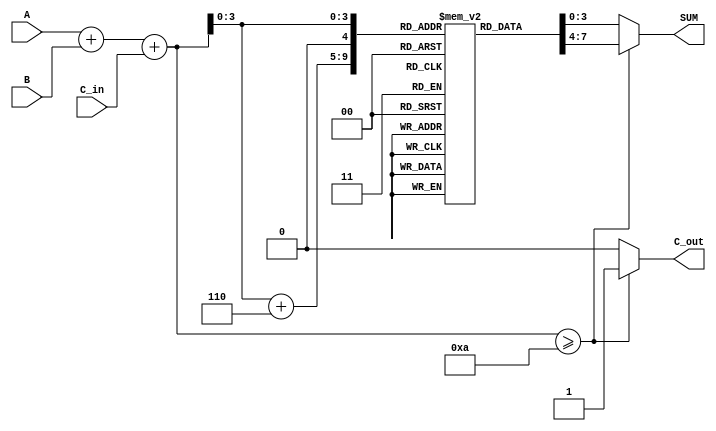
module BCD_LUT_Adder(
    input [3:0] A,       // BCD input A
    input [3:0] B,       // BCD input B
    input C_in,          // Carry-in
    output reg [3:0] SUM, // BCD output SUM
    output reg C_out      // Carry-out
);

    // Temporary 5-bit sum to hold the addition result
    wire [4:0] TEMP_SUM;

    // Compute the initial binary sum of A, B, and C_in
    assign TEMP_SUM = A + B + C_in;

    // Look-Up Table for BCD correction
    reg [3:0] LUT [0:19]; // LUT for values 0-19

    initial begin
        // Initialize the LUT with BCD values
        LUT[0]  = 4'b0000; // 0
        LUT[1]  = 4'b0001; // 1
        LUT[2]  = 4'b0010; // 2
        LUT[3]  = 4'b0011; // 3
        LUT[4]  = 4'b0100; // 4
        LUT[5]  = 4'b0101; // 5
        LUT[6]  = 4'b0110; // 6
        LUT[7]  = 4'b0111; // 7
        LUT[8]  = 4'b1000; // 8
        LUT[9]  = 4'b1001; // 9
        LUT[10] = 4'b0000; // 10 (BCD 0)
        LUT[11] = 4'b0001; // 11 (BCD 1)
        LUT[12] = 4'b0010; // 12 (BCD 2)
        LUT[13] = 4'b0011; // 13 (BCD 3)
        LUT[14] = 4'b0100; // 14 (BCD 4)
        LUT[15] = 4'b0101; // 15 (BCD 5)
        LUT[16] = 4'b0110; // 16 (BCD 6)
        LUT[17] = 4'b0111; // 17 (BCD 7)
        LUT[18] = 4'b1000; // 18 (BCD 8)
        LUT[19] = 4'b1001; // 19 (BCD 9)
    end

    always @(*) begin
        // Determine the BCD result from the LUT based on TEMP_SUM
        if (TEMP_SUM >= 10) begin
            SUM = LUT[TEMP_SUM[3:0] + 6]; // Add 6 for correction
            C_out = 1; // Set carry out
        end else begin
            SUM = LUT[TEMP_SUM[3:0]]; // No correction needed
            C_out = 0; // No carry out
        end
    end

endmodule